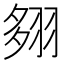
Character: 翗